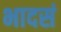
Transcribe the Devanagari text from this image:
भादसं